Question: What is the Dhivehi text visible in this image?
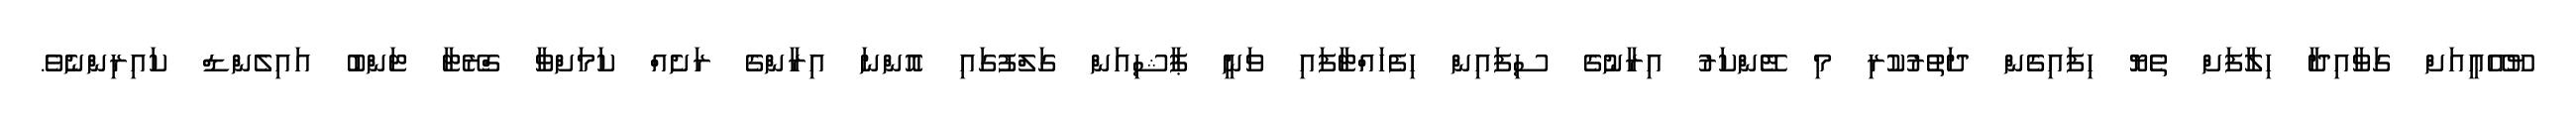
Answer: ޔޫއޭއީއަށް ގަވާއިދާ ހިލާފަށް ތެޔޮ ހިފައިގެން ދަތުރުކުރި މި ޓޭންކަރު އިރާނުގެ ސިފައިން ހިފެހައްޓާފައި ވަނީ ޕާޝިއަން ގަލްފުގައި އޮންނަ އިރާންގެ ރަށެއް ކަމަށްވާ ގްރޭޓާ ޓަންބު އައިލެންޑް ކައިރިންނެވެ.